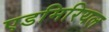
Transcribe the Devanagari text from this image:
एडमिरियल